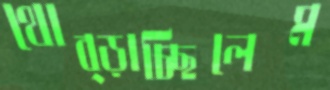
থোব্‌ড়াচ্ছিলেম